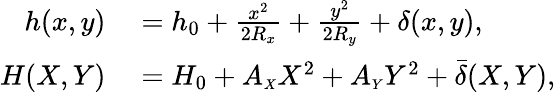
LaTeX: \begin{array}{rl}{h(x,y)}&{{}=h_{0}+\frac{x^{2}}{2R_{x}}+\frac{y^{2}}{2R_{y}}+{\delta}{(x,y)},}\\ {H(X,Y)}&{{}=H_{0}+{A_{\scriptscriptstyle X}X^{2}+A_{\scriptscriptstyle Y}Y^{2}}+\bar{\delta}{(X,Y)},}\end{array}